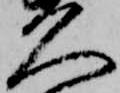
久